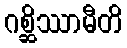
ဂစ္ဆိဿာမီတိ